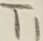
Text: T1